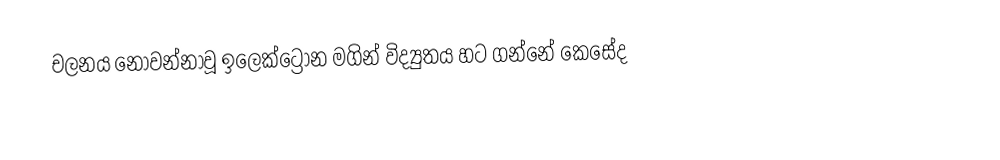
චලනය නොවන්නාවූ ඉලෙක්ට්‍රොන මගින් විද්‍යුතය හට ගන්නේ කෙසේද